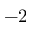
- 2